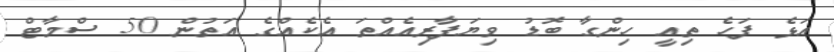
އަޅެ ފަހެ ތިއީ ހިންގާ ބޮޑު ވިޔަފާރިއެއްތަ އެކެއްގެ އަތުން 50 ސްމާޓް